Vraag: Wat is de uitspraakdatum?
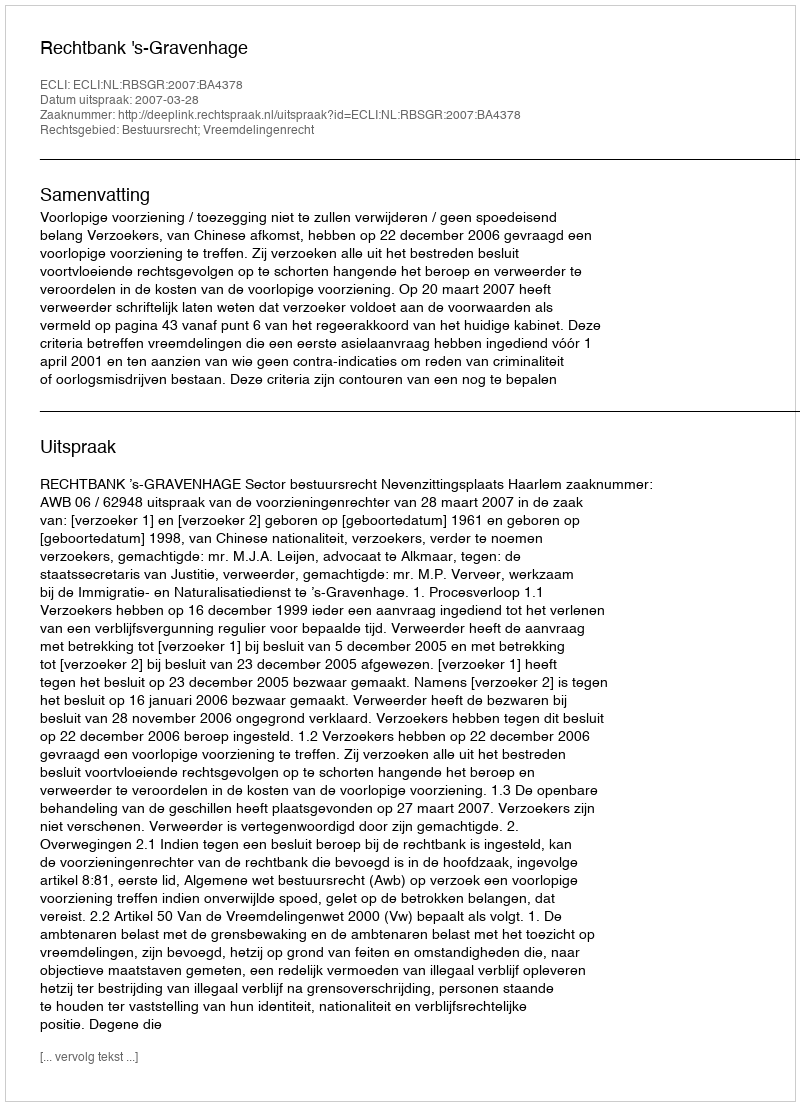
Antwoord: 2007-03-28